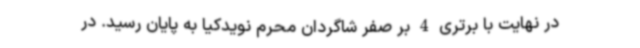
در نهایت با برتری 4 بر صفر شاگردان محرم نویدکیا به پایان رسید. در